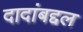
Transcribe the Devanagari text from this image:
दादांबद्दल